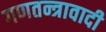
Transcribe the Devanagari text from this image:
गणतन्त्रावादी